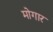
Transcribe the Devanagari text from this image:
मोगार